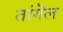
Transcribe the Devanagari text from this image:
तांगॆल